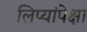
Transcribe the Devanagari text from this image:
लिप्यांपेक्षा